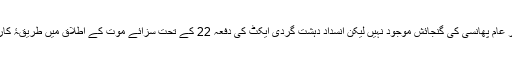
دل چسپ بات یہ ہے کہ جیل مینوئل میں بھلے سر عام پھانسی کی گنجائش موجود نہیں لیکن انسداد دہشت گردی ایکٹ کی دفعہ 22 کے تحت سزائے موت کے اطلاق میں طریقۂ کار کا تعین کرنے کا اختیار حکومت کو حاصل ہے۔